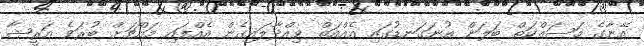
އޭނާގެ މަސައްކަތް ބަލަން އުނަގަނޑުގައި އެއްއަތް ވިއްދާލައިގެން އެއްފައި މައްޗަށް ބުރަވެ އަރީޝާ